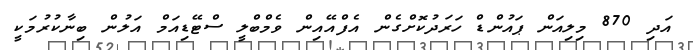
އަދި 870 މިލިއަން ޕައުންޑް ހަރަދުކޮށްގެން އެފްއޭއިން ވެމްބްލީ ސްޓޭޑިއަމް އަލުން ބިނާކުރުމަކީ